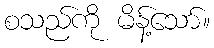
စသည်ကို မိန့်သော်။